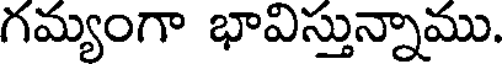
గమ్యంగా భావిస్తున్నాము.